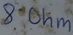
Text: 8Ohm